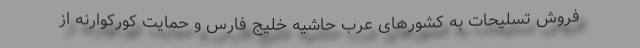
فروش تسلیحات به کشورهای عرب حاشیه خلیج فارس و حمایت کورکوارنه از